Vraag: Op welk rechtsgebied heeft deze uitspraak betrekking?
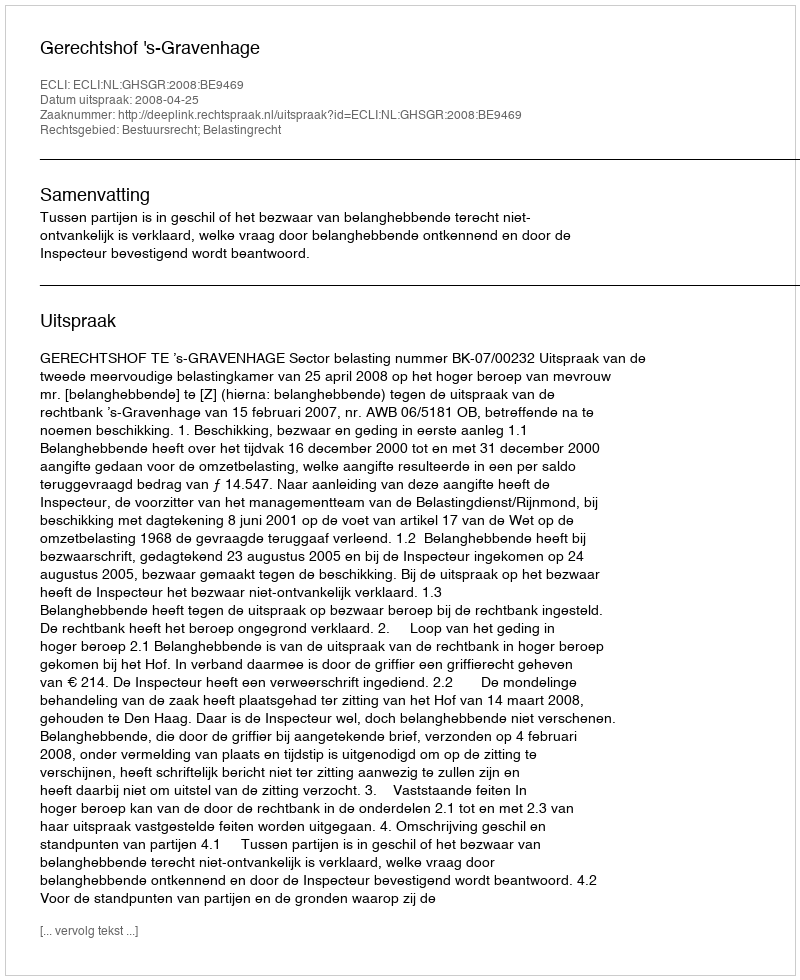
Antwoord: Bestuursrecht; Belastingrecht